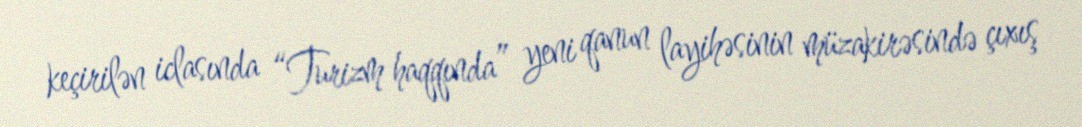
keçirilən iclasında “Turizm haqqında” yeni qanun layihəsinin müzakirəsində çıxış